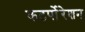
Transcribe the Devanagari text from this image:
कटर्पोरेशन